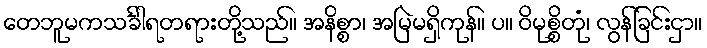
တေဘူမကသင်္ခါရတရားတို့သည်။ အနိစ္စာ၊ အမြဲမရှိကုန်။ ပ။ ဝိမုစ္စိတုံ၊ လွန်ခြင်းငှာ။